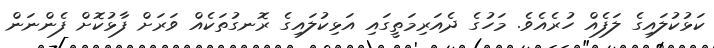
ކަޅުކުލައިގެ ލަފެއް ހުރެއެވެ. މަހުގެ ދެއަރިމަތީގައި އަޅިކުލައިގެ ރޮނގުތަކެއް ވަރަށް ފާޅުކޮށް ފެންނަން